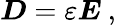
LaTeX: {\boldsymbol{D}}=\varepsilon{\boldsymbol{E}}\ ,